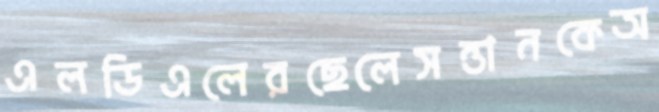
এলডিএলেরছেলেসন্তানকেঅ